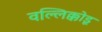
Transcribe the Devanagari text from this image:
वल्लिक्कोडू